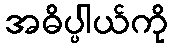
အဓိပ္ပါယ်ကို